Indian journal of veterinary science and animal husbandry - Volume 12,
Year: 1942
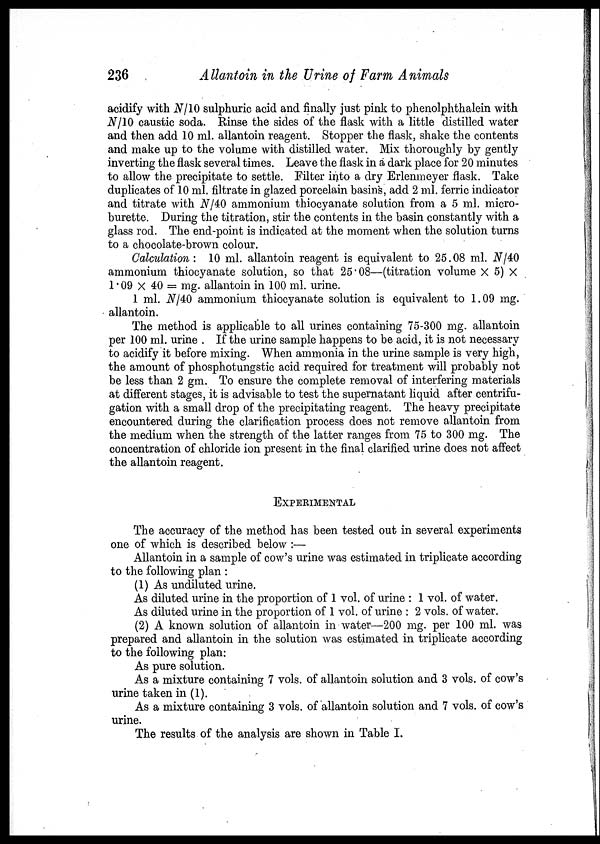
236
Allantoin in the Urine of Farm Animals
acidify with N/10 sulphuric acid and finally just pink to phenolphthalein with
N/10 caustic soda. Rinse the sides of the flask with a little distilled water
and then add 10 ml. allantoin reagent. Stopper the flask, shake the contents
and make up to the volume with distilled water. Mix thoroughly by gently
inverting the flask several times. Leave the flask in a dark place for 20 minutes
to allow the precipitate to settle. Filter into a dry Erlenmeyer flask. Take
duplicates of 10 ml. filtrate in glazed porcelain basins, add 2 ml. ferric indicator
and titrate with N/40 ammonium thiocyanate solution from a 5 ml. micro-
burette. During the titration, stir the contents in the basin constantly with a
glass rod. The end-point is indicated at the moment when the solution turns
to a chocolate-brown colour.
Calculation : 10 ml. allantoin reagent is equivalent to 25.08 ml. N/40
ammonium thiocyanate solution, so that 25.08—(titration volume × 5) ×
1.09 × 40 = mg. allantoin in 100 ml. urine.
1 ml. N/40 ammonium thiocyanate solution is equivalent to 1.09 mg.
allantoin.
The method is applicable to all urines containing 75-300 mg. allantoin
per 100 ml. urine . If the urine sample happens to be acid, it is not necessary
to acidify it before mixing. When ammonia in the urine sample is very high,
the amount of phosphotungstic acid required for treatment will probably not
be less than 2 gm. To ensure the complete removal of interfering materials
at different stages, it is advisable to test the supernatant liquid after centrifu-
gation with a small drop of the precipitating reagent. The heavy precipitate
encountered during the clarification process does not remove allantoin from
the medium when the strength of the latter ranges from 75 to 300 mg. The
concentration of chloride ion present in the final clarified urine does not affect
the allantoin reagent.
EXPERIMENTAL
The accuracy of the method has been tested out in several experiments
one of which is described below :—
Allantoin in a sample of cow's urine was estimated in triplicate according
to the following plan :
(1) As undiluted urine.
As diluted urine in the proportion of 1 vol. of urine : 1 vol. of water.
As diluted urine in the proportion of 1 vol. of urine : 2 vols. of water.
(2) A known solution of allantoin in water—200 mg. per 100 ml. was
prepared and allantoin in the solution was estimated in triplicate according
to the following plan:
As pure solution.
As a mixture containing 7 vols. of allantoin solution and 3 vols. of cow's
urine taken in (1).
As a mixture containing 3 vols. of allantoin solution and 7 vols. of cow's
urine.
The results of the analysis are shown in Table I.